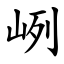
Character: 峢